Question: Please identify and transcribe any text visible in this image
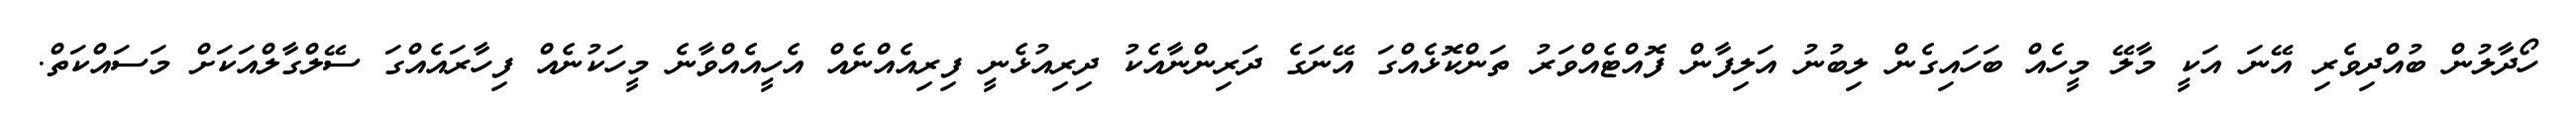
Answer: ހޯދާލުން ބުއްދިވެރި އޭނަ އަކީ މާލޭ މީހެއް ބަހައިގެން ލިބުނު އަލިފާން ފޮއްޓެއްވަރު ތަންކޮޅެއްގަ އޭނަގެ ދަރިންނާއެކު ދިރިއުޅެނީ ފިރިއެއްނެއް އެހީއެއްވާނެ މީހަކުނެއް ފިހާރައެއްގަ ސޭލްގާލްއަކަށް މަސައްކަތް.